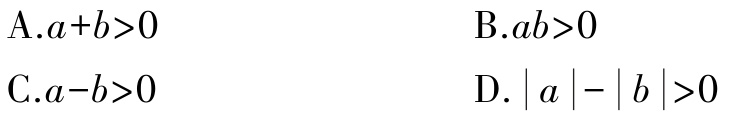
A.$a + b>0$

B.$ab>0$

C.$a - b>0$

D.$|a|-|b|>0$